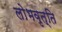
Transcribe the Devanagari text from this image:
लोभवृत्ति